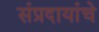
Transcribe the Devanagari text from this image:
संप्रदायांचे